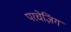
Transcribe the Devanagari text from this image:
परचेज़िंग